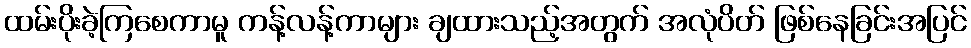
ထမ်းပိုးခဲ့ကြစေကာမူ ကန့်လန့်ကာများ ချထားသည့်အတွက် အလုံပိတ် ဖြစ်နေခြင်းအပြင်